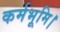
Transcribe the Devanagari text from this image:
कर्मभूमि।